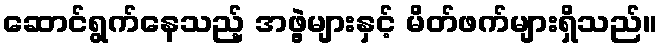
ဆောင်ရွက်နေသည့် အဖွဲ့များနှင့် မိတ်ဖက်များရှိသည်။